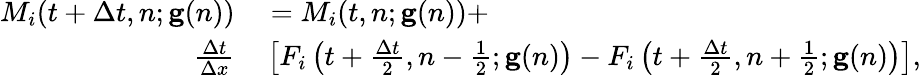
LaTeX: \begin{array}{rl}{M_{i}(t+\Delta t,n;\mathbf{g}(n))}&{{}=M_{i}(t,n;\mathbf{g}(n))+}\\ {\frac{\Delta t}{\Delta x}}&{{}\left[F_{i}\left(t+\frac{\Delta t}{2},n-\frac{1}{2};\mathbf{g}(n)\right)-F_{i}\left(t+\frac{\Delta t}{2},n+\frac{1}{2};\mathbf{g}(n)\right)\right],}\end{array}